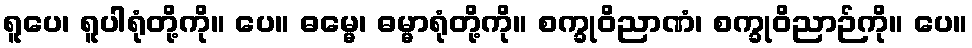
ရူပေ၊ ရူပါရုံတို့ကို။ ပေ။ ဓမ္မေ၊ ဓမ္မာရုံတို့ကို။ စက္ခုဝိညာဏံ၊ စက္ခုဝိညာဉ်ကို။ ပေ။